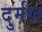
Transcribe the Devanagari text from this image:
दुर्मख